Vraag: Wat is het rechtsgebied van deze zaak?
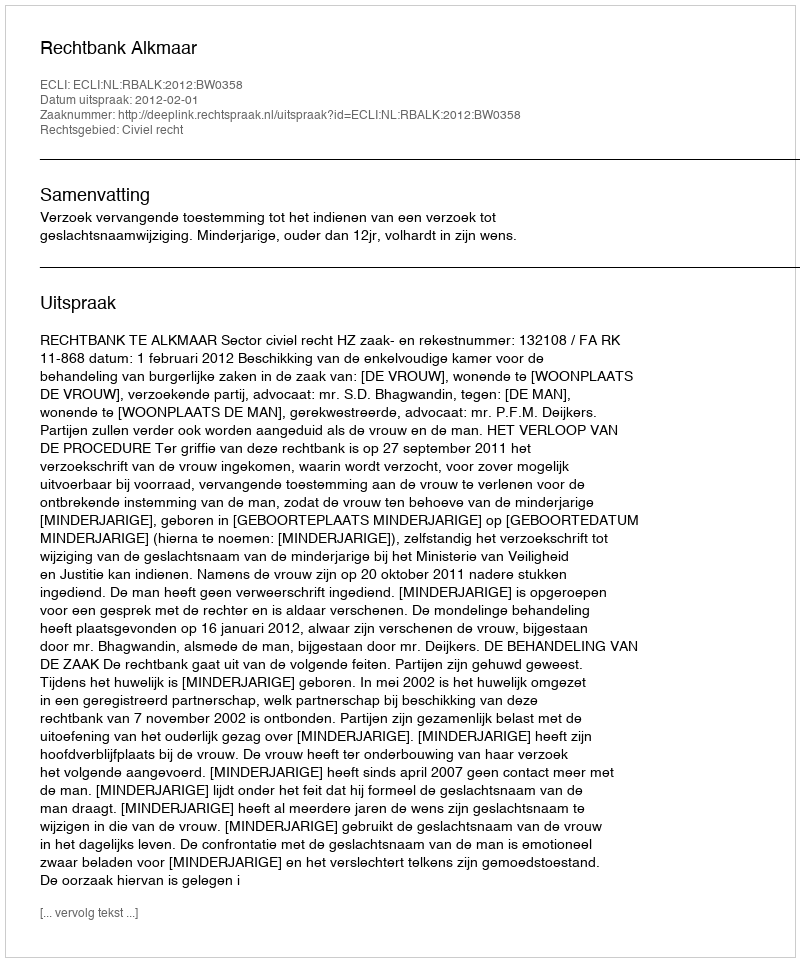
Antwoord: Civiel recht